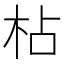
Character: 枮